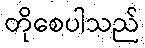
တိုစေပါသည်